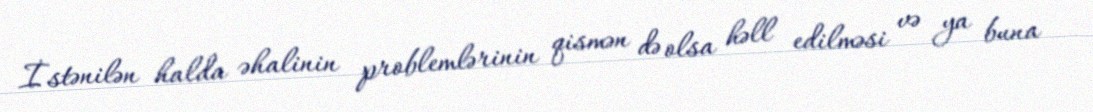
İstənilən halda əhalinin problemlərinin qismən də olsa həll edilməsi və ya buna